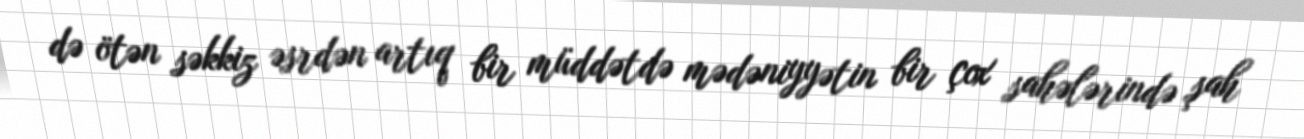
də ötən səkkiz əsrdən artıq bir müddətdə mədəniyyətin bir çox sahələrində şah